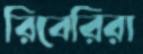
রিবেরিরা